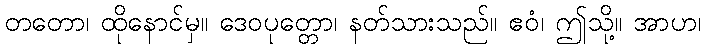
တတော၊ ထိုနောင်မှ။ ဒေဝပုတ္တော၊ နတ်သားသည်။ ဧဝံ၊ ဤသို့။ အာဟ၊